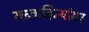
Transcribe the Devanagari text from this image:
रक्तवाहिन्यांवर